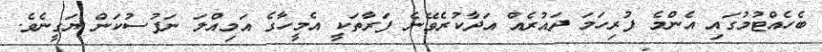
ބެހެއްޓުމުގައި އެންމެ ފުރިހަމަ ދައުރެއް އަދާކުރެވޭނެ ފަރާތަކީ އެމީހާގެ އަމިއްލަ ނަފުސުކަން ޔަގީނެވެ.